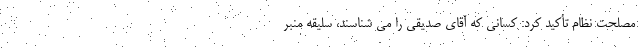
مصلحت نظام تأکید کرد: کسانی که آقای صدیقی را می شناسند، سلیقه منبر